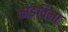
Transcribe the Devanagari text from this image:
कोडेविला